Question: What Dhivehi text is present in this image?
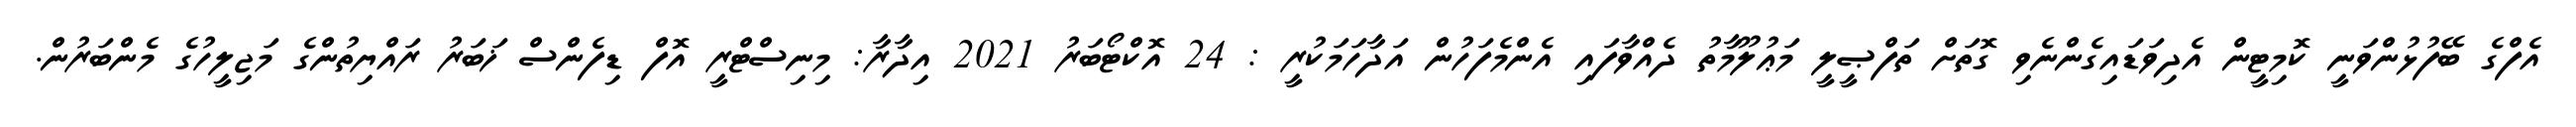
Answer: އެފްގެ ބޭފުޅުންވަނީ ކޮމިޓީން އެދިވަޑައިގެންނެވި ގޮތަށް ތަފްޞީލީ މަޢުލޫމާތު ދެއްވާފައި އެންމެފަހުން އަދާހަމަކުރީ : 24 އޮކްޓޯބަރު 2021 އިދާރާ: މިނިސްޓްރީ އޮފް ޑިފެންސް ޚަބަރު ރައްޔިތުންގެ މަޖިލީހުގެ މެންބަރުން.